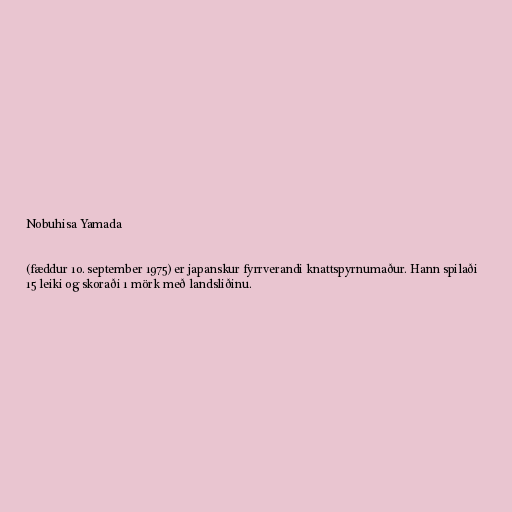
Nobuhisa Yamada

(fæddur 10. september 1975) er japanskur fyrrverandi knattspyrnumaður. Hann spilaði
15 leiki og skoraði 1 mörk með landsliðinu.